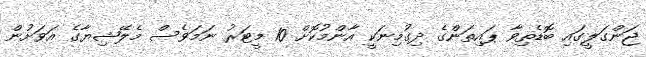
ޖަންގަލީގައި ބޮޑެތިވާ ޕައިތަންގެ ދިގުމިނަކީ އާންމުކޮށް 10 މީޓަރު ނަމަވެސް މެލޭޝިޔާގެ އަވަށުން